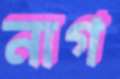
নাগ